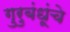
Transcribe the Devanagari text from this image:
गुरुबंधूंचे